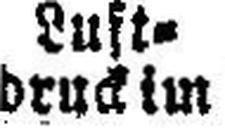
druck im